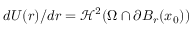
d U ( r ) / d r = \mathcal { H } ^ { 2 } ( \Omega \cap \partial B _ { r } ( x _ { 0 } ) )